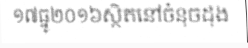
១៧ធ្នូ២០១៦ស្ថិតនៅចំនុចដុង